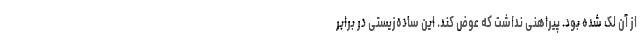
از آن لک شده بود. پیراهنی نداشت که عوض کند. این ساده‌زیستی در برابر